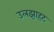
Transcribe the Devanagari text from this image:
उलझाहट